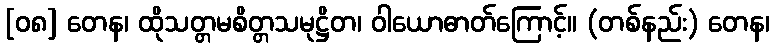
[၀၈] တေန၊ ထိုသတ္တမစိတ္တသမုဋ္ဌိတ၊ ဝါယောဓာတ်ကြောင့်။ (တစ်နည်း) တေန၊